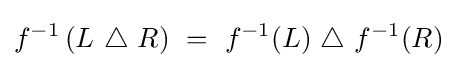
f^{-1}\left(L~\triangle ~R\right)~=~f^{-1}(L)~\triangle ~f^{-1}(R)